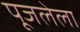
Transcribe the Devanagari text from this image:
पूजलेला